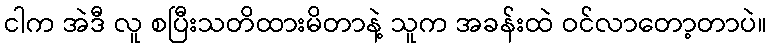
ငါက အဲဒီ လူ စပြီးသတိထားမိတာနဲ့ သူက အခန်းထဲ ဝင်လာတော့တာပဲ။